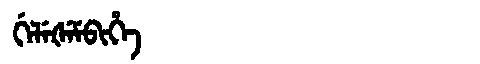
Manchu: ᡤᡝᠯᡝᡧᡝᠮᠪᡳᡥᡝ
Romanization: GELEŠEMBIHE